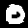
Digit: 0